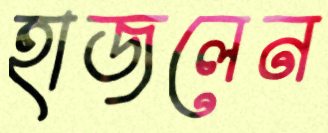
হাজলেন